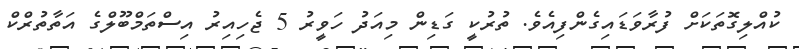
ކުއްލިގޮތަކަށް ފުރާވަޑައިގެންފިއެވެ. ތުރުކީ ގަޑިން މިއަދު ހަވީރު 5 ޖެހިއިރު އިސްތަމްބޫލްގެ އަތާތުރްކް